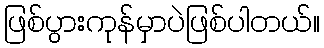
ဖြစ်ပွားကုန်မှာပဲဖြစ်ပါတယ်။